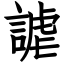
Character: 謔